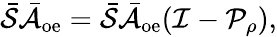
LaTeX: \bar{\mathcal{S}}\bar{\mathcal{A}}_{\mathrm{oe}}=\bar{\mathcal{S}}\bar{\mathcal{A}}_{\mathrm{oe}}(\mathcal{I}-\mathcal{P}_{\rho}),